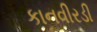
કાનવીરડી